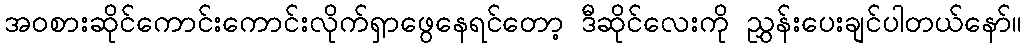
အဝစားဆိုင်ကောင်းကောင်းလိုက်ရှာဖွေနေရင်တော့ ဒီဆိုင်လေးကို ညွှန်းပေးချင်ပါတယ်နော်။